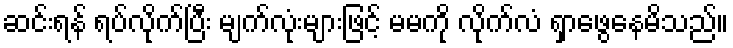
ဆင်းရန် ရပ်လိုက်ပြီး မျက်လုံးများဖြင့် မမကို လိုက်လံ ရှာဖွေနေမိသည်။